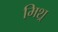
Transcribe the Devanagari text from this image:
मिश्र्